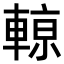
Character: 𨍡